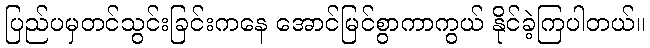
ပြည်ပမှတင်သွင်းခြင်းကနေ အောင်မြင်စွာကာကွယ် နိုင်ခဲ့ကြပါတယ်။